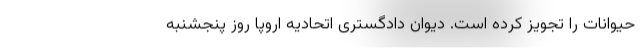
حیوانات را تجویز کرده است. دیوان دادگستری اتحادیه اروپا روز پنجشنبه